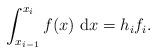
LaTeX: \begin{align*} \int_{x_{i-1}}^{x_i} f(x) ~\mathrm{d}x =h_i f_i.\end{align*}